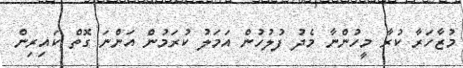
މުޒާހަރާ ކުރާ މީހުންނާ މެދު ފުލުހުން އަމަލު ކުރަމުން އަންނަ ގޮތް ކައިރިން